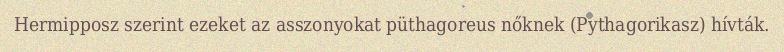
Hermipposz szerint ezeket az asszonyokat püthagoreus nőknek (Pythagorikasz) hívták.